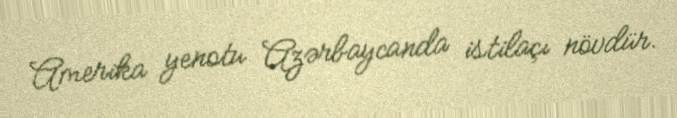
Amerika yenotu Azərbaycanda istilaçı növdür.